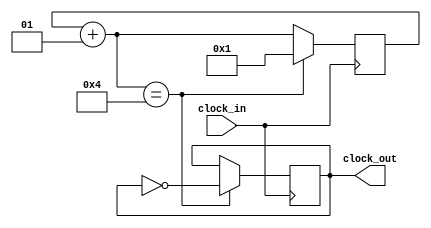
module clock_divider(
    input clock_in,
    output reg clock_out
);

integer count;
initial count = 0;

initial clock_out = 0;

always @(posedge clock_in) begin
    count = count + 1;

    if (count == 4) begin
        clock_out = ~clock_out;
        count = 1;
    end

end

endmodule